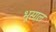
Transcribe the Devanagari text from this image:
भूसाल